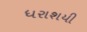
ધરાશયી